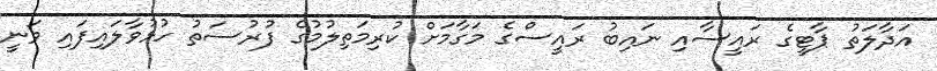
އަދާލަތު ޕާޓީގެ ރައީސާއި ނައިބު ރައީސްގެ މަގާމަށް ކުރިމަތިލުމުގެ ފުރުސަތު ހުޅުވާލައިފައި ވަނީ